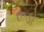
રૂડો